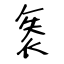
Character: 袠